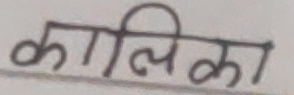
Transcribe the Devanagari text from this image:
कालिका